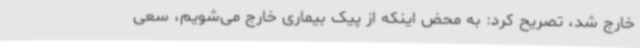
خارج شد، تصریح کرد: به محض اینکه از پیک بیماری خارج می‌شویم، سعی